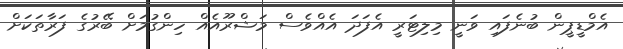
އެމްޑީޕީން ބުނެފައި ވަނީ މިލިޓަރީ އެފަދަ އެއްވެސް މަޝްރޫއެއް ހިންގުމަށް ބޭރުގެ ފަރާތަކަށް